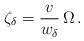
LaTeX: \begin{align*}\zeta_\delta = \frac{v}{w_\delta} \, \Omega \, .\end{align*}